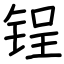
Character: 锃